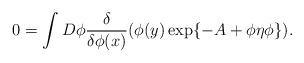
LaTeX: \begin{align*}0 = \int D\phi \frac{\delta}{\delta\phi (x)}(\phi(y) \exp \{ -A + \phi\eta\phi \}).\end{align*}